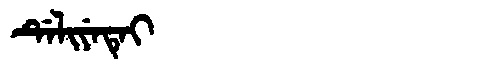
Manchu: ᡩᡝᠯᡳᠶᡝᡨᡝᡳ
Romanization: DELIYETEI